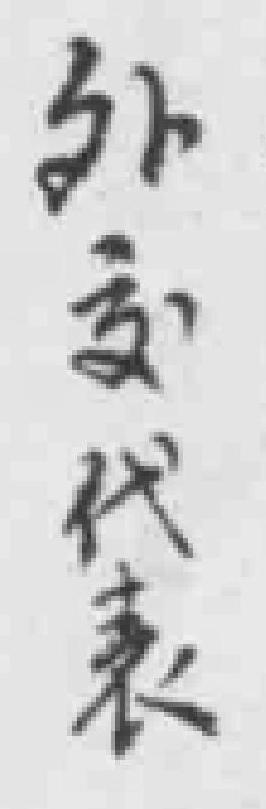
外交代表